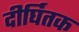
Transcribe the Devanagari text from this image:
दीर्घितक